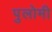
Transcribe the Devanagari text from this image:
पुलोमी